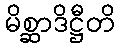
မိစ္ဆာဒိဋ္ဌီတိ